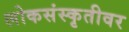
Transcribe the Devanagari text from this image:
लोकसंस्कृतीवर